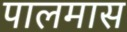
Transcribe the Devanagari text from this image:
पालमास